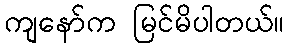
ကျနော်က မြင်မိပါတယ်။